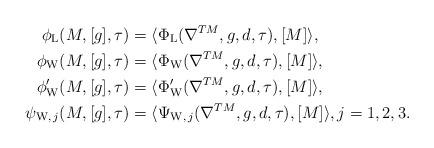
LaTeX: \begin{align*}\phi_{{\rm L}}(M,[g],\tau)&=\langle\Phi_{{\rm L}}(\nabla^{TM},g,d,\tau),[M]\rangle,\\\phi_{{\rm W}}(M,[g],\tau)&=\langle\Phi_{{\rm W}}(\nabla^{TM},g,d,\tau),[M]\rangle,\\\phi'_{{\rm W}}(M,[g],\tau)&=\langle\Phi'_{{\rm W}}(\nabla^{TM},g,d,\tau),[M]\rangle,\\\psi_{{\rm W},\,j}(M,[g],\tau)&=\langle\Psi_{{\rm W},\,j}(\nabla^{TM},g,d,\tau),[M]\rangle, j=1,2,3.\end{align*}